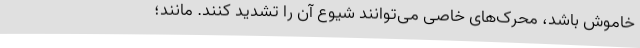
خاموش باشد، محرک‌های خاصی می‌توانند شیوع آن را تشدید کنند. مانند؛